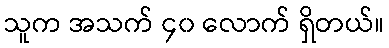
သူက အသက် ၄၀ လောက် ရှိတယ်။